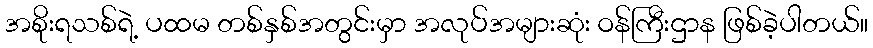
အစိုးရသစ်ရဲ့ ပထမ တစ်နှစ်အတွင်းမှာ အလုပ်အများဆုံး ဝန်ကြီးဌာန ဖြစ်ခဲ့ပါတယ်။